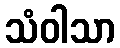
သံဝါသာ